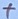
Text: +